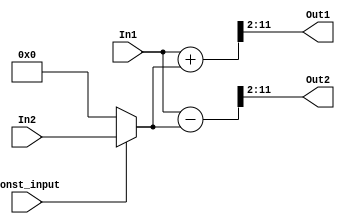
// -------------------------------------------------------------
// 
// 
// Generated by MATLAB 9.4 and HDL Coder 3.12
// 
// -------------------------------------------------------------


// -------------------------------------------------------------
// 
// Module: alpha2_input_butterfly_2
// Source Path: FFTscheme2/FFTv2/Butterflies/128 input 1step /2 input butterfly 2
// Hierarchy Level: 3
// 
// -------------------------------------------------------------

`timescale 1 ns / 1 ns

module alpha2_input_butterfly_2
          (In1,
           In2,
           Const_input,
           Out1,
           Out2);


  input   signed [10:0] In1;  // sfix11_En6
  input   signed [10:0] In2;  // sfix11_En6
  input   Const_input;  // ufix1
  output  signed [9:0] Out1;  // sfix10_En4
  output  signed [9:0] Out2;  // sfix10_En4


  wire signed [10:0] Product_in0;  // sfix11_En6
  wire signed [11:0] Product_cast;  // sfix12_En6
  wire signed [10:0] Product_out1;  // sfix11_En6
  wire signed [11:0] Sum_add_cast;  // sfix12_En6
  wire signed [11:0] Sum_add_cast_1;  // sfix12_En6
  wire signed [11:0] Sum_add_temp;  // sfix12_En6
  wire signed [9:0] Sum_out1;  // sfix10_En4
  wire signed [11:0] Sum1_sub_cast;  // sfix12_En6
  wire signed [11:0] Sum1_sub_cast_1;  // sfix12_En6
  wire signed [11:0] Sum1_sub_temp;  // sfix12_En6
  wire signed [9:0] Sum1_out1;  // sfix10_En4


  assign Product_in0 = (Const_input == 1'b1 ? In2 :
              11'sb00000000000);
  assign Product_cast = {Product_in0[10], Product_in0};
  assign Product_out1 = Product_cast[10:0];



  assign Sum_add_cast = {In1[10], In1};
  assign Sum_add_cast_1 = {Product_out1[10], Product_out1};
  assign Sum_add_temp = Sum_add_cast + Sum_add_cast_1;
  assign Sum_out1 = Sum_add_temp[11:2];



  assign Out1 = Sum_out1;

  assign Sum1_sub_cast = {In1[10], In1};
  assign Sum1_sub_cast_1 = {Product_out1[10], Product_out1};
  assign Sum1_sub_temp = Sum1_sub_cast - Sum1_sub_cast_1;
  assign Sum1_out1 = Sum1_sub_temp[11:2];



  assign Out2 = Sum1_out1;

endmodule  // alpha2_input_butterfly_2